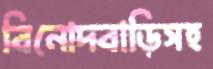
বিনোদবাড়িসহ